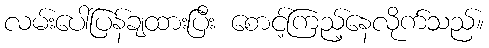
လမ်းပေါ်ပြန်ချထားပြီး စောင့်ကြည့်နေလိုက်သည်။